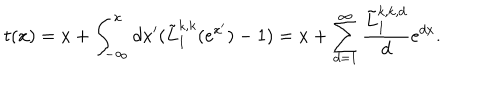
LaTeX: t ( x ) = x + \int _ { - \infty } ^ { x } d x ^ { \prime } ( { \tilde { L } _ { 1 } ^ { k , k } ( e ^ { x ^ { \prime } } ) } - 1 ) = x + \sum _ { d = 1 } ^ { \infty } \frac { \tilde { L } _ { 1 } ^ { k , k , d } } { d } e ^ { d x } .